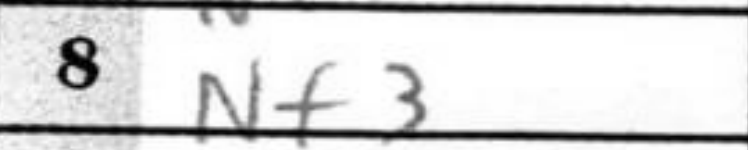
Transcription: Nf3